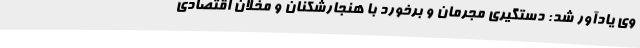
وی یادآور شد: دستگیری مجرمان و برخورد با هنجارشکنان و مخلان اقتصادی